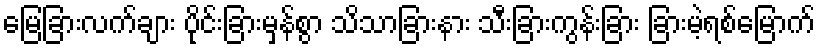
မြေခြားလက်ချား ပိုင်းခြားမှန်စွာ သိသာခြားနား သီးခြားကွန်းခြား ခြားမဲ့ရစ်မြောက်